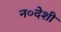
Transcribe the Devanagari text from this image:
न०देशी